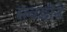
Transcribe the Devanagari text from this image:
सवडीने